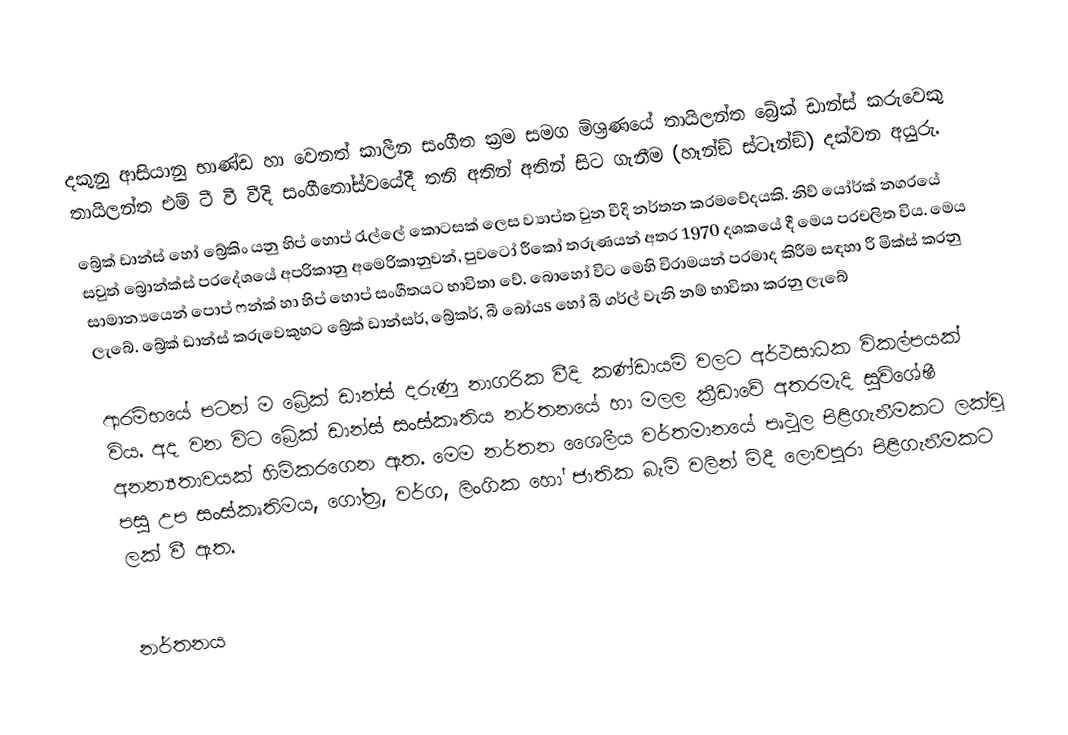
දකුනු ආසියානු භාණ්ඩ හා වෙනත් කාලීන සංගීත ක‍්‍රම සමග මිශ‍්‍රණයේ තායිලන්ත බ්‍රේක් ඩාන්ස් කරුවෙකු තායිලන්ත එම් ටී වී වීදි සංගීතෝස්වයේදී තනි අතින් අතින් සිට ගැනීම (හෑන්ඞ් ස්ටෑන්ඞ්) දක්වන අයුරු.
බ්‍රේක් ඩාන්ස් හෝ බ්‍රේකිං යනු හිප් හොප් රැල්ලේ කොටසක් ලෙස ව්‍යාප්ත වුන වීදි නර්තන ක‍්‍රමවේදයකි. නිව් යෝර්ක් නගරයේ සවුත් බ්‍රොන්ක්ස් ප‍්‍රදේශයේ අප‍්‍රිකානු අමෙරිකානුවන්, පුවටෝ රීකෝ තරුණයන් අතර 1970 දශකයේ දී මෙය ප‍්‍රචලිත විය. මෙය සාමාන්‍යයෙන් පොප් ෆන්ක් හා හිප් හොප් සංගීතයට භාවිතා වේ. බොහෝ විට මෙහි විරාමයන් ප‍්‍රමාද කිරීම සඳහා රී මික්ස් කරනු ලැබේ. බ්‍රේක් ඩාන්ස් කරුවෙකුහට බ්‍රේක් ඩාන්සර්, බ්‍රේකර්, බී බෝයs හෝ බී ගර්ල් වැනි නම් භාවිතා කරනු ලැබේ

ආරම්භයේ පටන් ම බ්‍රේක් ඩාන්ස් දරුණු නාගරික වීදි කණ්ඩායම් වලට අර්ථසාධක විකල්පයක් විය. අද වන විට බ්‍රේක් ඩාන්ස් සංස්කෘතිය නර්තනයේ හා මලල ක‍්‍රීඩාවේ අතරමැදි සුවිශේෂී අනන්‍යතාවයක් හිමිකරගෙන ඇත. මෙම නර්තන ශෛලීය වර්තමානයේ පෘථුල පිළිගැනීමකට ලක්වූ පසු උප සංස්කෘතිමය, ගෝත‍්‍ර, වර්ග, ලිංගික හෝ ජාතික බැමි වලින් මිදී ලොවපුරා පිළිගැනීමකට ලක් වී ඇත.

නර්තනය